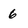
Character: 6